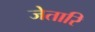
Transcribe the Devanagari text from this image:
जेतारि